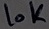
Text: 10K